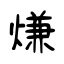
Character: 熑